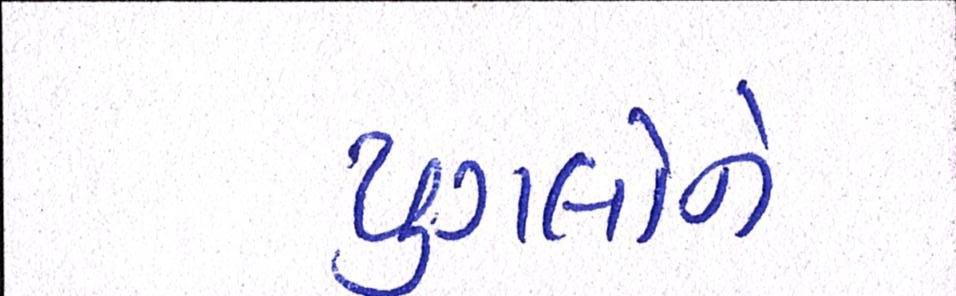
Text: યુગલોને